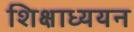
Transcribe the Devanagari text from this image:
शिक्षाध्ययन